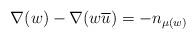
LaTeX: \begin{align*}\nabla(w)-\nabla(w\overline{u})=-n_{\mu(w)}\end{align*}